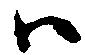
ハ